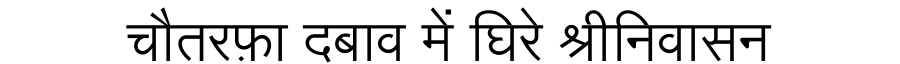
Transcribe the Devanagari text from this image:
चौतरफ़ा दबाव में घिरे श्रीनिवासन